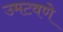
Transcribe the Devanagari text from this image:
उमटवणे